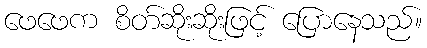
ဖေဖေက စိတ်ဆိုးဆိုးဖြင့် ပြောနေသည်။